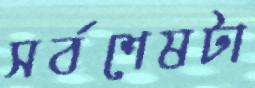
সর্বশেষটা